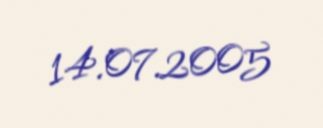
14.07.2005